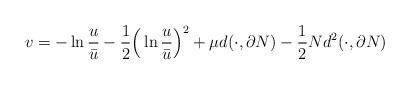
LaTeX: \begin{align*}v = -\ln \frac{u}{\bar u} - \frac{1}{2}\Big(\ln \frac{u}{\bar u}\Big)^2 + \mu d( \cdot, \partial N) - \frac{1}{2} N d^2( \cdot, \partial N)\end{align*}